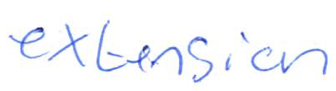
Text: extension
Cross-out: clean
Writing tool: ballpoint